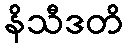
နိသီဒတိ